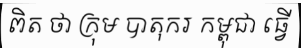
ពិត ថា ក្រុម បាតុករ កម្ពុជា ធ្វើ